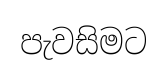
පැවසිමට